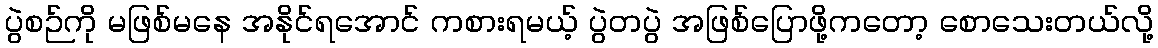
ပွဲစဉ်ကို မဖြစ်မနေ အနိုင်ရအောင် ကစားရမယ့် ပွဲတပွဲ အဖြစ်ပြောဖို့ကတော့ စောသေးတယ်လို့